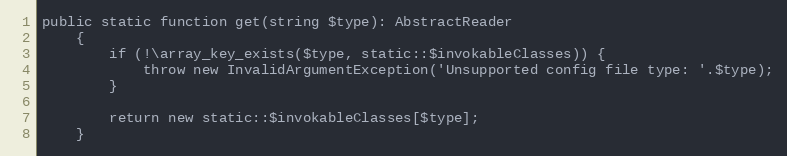
Language: PHP
public static function get(string $type): AbstractReader
    {
        if (!\array_key_exists($type, static::$invokableClasses)) {
            throw new InvalidArgumentException('Unsupported config file type: '.$type);
        }

        return new static::$invokableClasses[$type];
    }